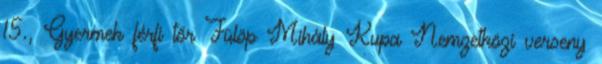
15., Gyermek férfi tőr Fülöp Mihály Kupa Nemzetközi verseny